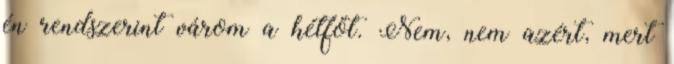
én rendszerint várom a hétfőt. Nem, nem azért, mert